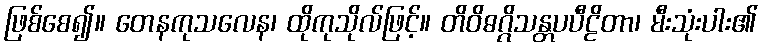
ဖြစ်စေ၍။ တေနကုသလေန၊ ထိုကုသိုလ်ဖြင့်။ တိဝိဓဂ္ဂိသန္တပပီဠိတာ၊ မီးသုံးပါး၏